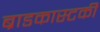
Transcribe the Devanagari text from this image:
ब्राडकास्टकी